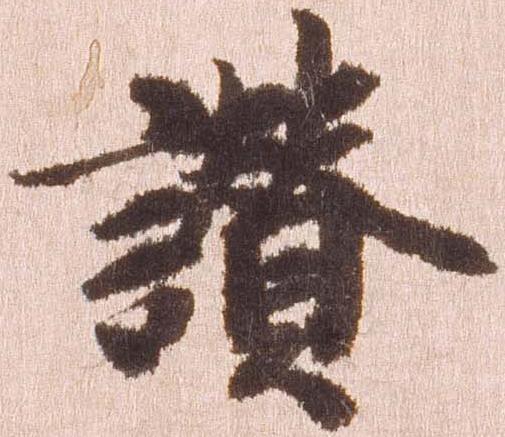
讃